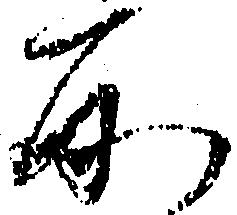
所